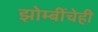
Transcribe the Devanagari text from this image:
झोम्बींचेही